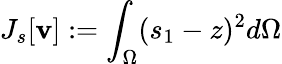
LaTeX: J_{s}[\mathbf{v}]:=\int_{\Omega}(s_{1}-z)^{2}d\Omega